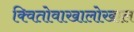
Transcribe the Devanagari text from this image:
क्वितोवाखालोखाल